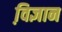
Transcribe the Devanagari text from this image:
वि़ज्ञान